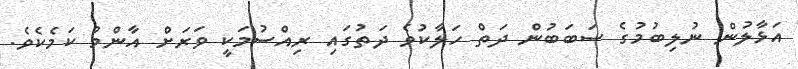
އަޅާލުން ނުލިބުމުގެ ސަބަބުން ދަތް ހަލާކުވެ ދަތުގައި ރިއްސުމަކީ ވަރަށް އާންމު ކަމެކެވެ.